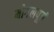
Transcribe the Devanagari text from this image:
मोगलपूर्व